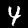
Label: 4